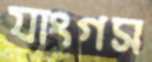
যাংগস